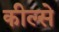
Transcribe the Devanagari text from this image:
कील्से